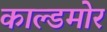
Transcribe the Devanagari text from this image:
काल्डमोर